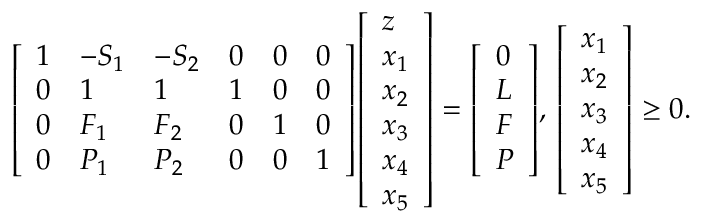
{ \left[ \begin{array} { l l l l l l } { 1 } & { - S _ { 1 } } & { - S _ { 2 } } & { 0 } & { 0 } & { 0 } \\ { 0 } & { 1 } & { 1 } & { 1 } & { 0 } & { 0 } \\ { 0 } & { F _ { 1 } } & { F _ { 2 } } & { 0 } & { 1 } & { 0 } \\ { 0 } & { P _ { 1 } } & { P _ { 2 } } & { 0 } & { 0 } & { 1 } \end{array} \right] } { \left[ \begin{array} { l } { z } \\ { x _ { 1 } } \\ { x _ { 2 } } \\ { x _ { 3 } } \\ { x _ { 4 } } \\ { x _ { 5 } } \end{array} \right] } = { \left[ \begin{array} { l } { 0 } \\ { L } \\ { F } \\ { P } \end{array} \right] } , \, { \left[ \begin{array} { l } { x _ { 1 } } \\ { x _ { 2 } } \\ { x _ { 3 } } \\ { x _ { 4 } } \\ { x _ { 5 } } \end{array} \right] } \geq 0 .